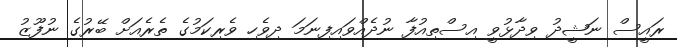
ރައީސް ނަޝީދު ވިދާޅުވީ އިސްތިއުފާ ނުދެއްވައިފިނަމަ ދިވެހި ވެރިކަމުގެ ތެރެއަށް ބޭރުގެ ނުފޫޒު